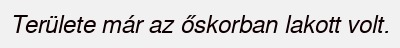
Területe már az őskorban lakott volt.